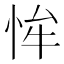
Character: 恈